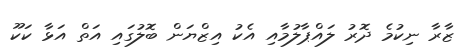
ޒާރާ ނިކުމެ ދޮރު ލައްޕާލުމާއި އެކު އިޒްޔަން ބޮލުގައި އަތް އަޅާ ކަކޫ